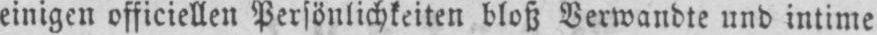
einigen officiellen Persönlichkeiten bloß Verwandte und intime